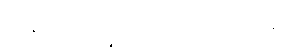
အနာထ ပိဏ္ဍိကဿ အာရာမေ။